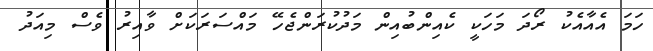
ހަމަ އެއާއެކު ރޯދަ މަހަކީ ކެއިންބުއިން މަދުކުރަންޖެހޭ މައްސަރަކަށް ވާއިރު ވެސް މިއަދު